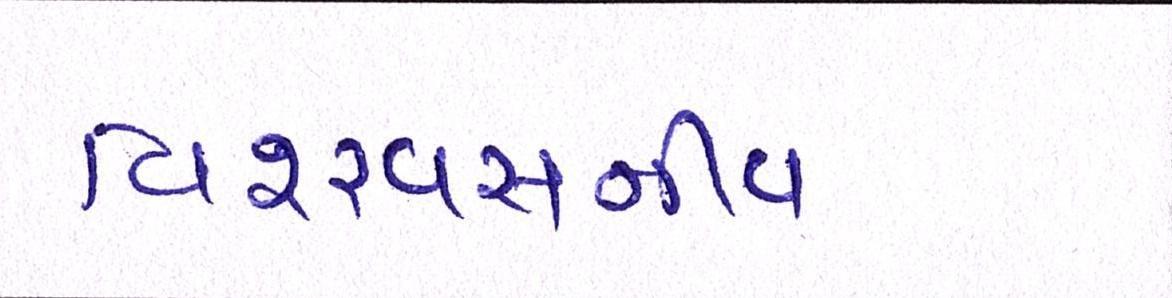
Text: વિશ્ર્વસનીય